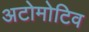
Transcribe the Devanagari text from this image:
अटोमोटिव